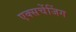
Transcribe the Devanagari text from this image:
एक्सचेंजिंग